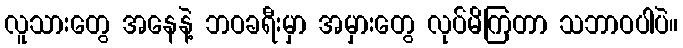
လူသားတွေ အနေနဲ့ ဘဝခရီးမှာ အမှားတွေ လုပ်မိကြတာ သဘာဝပါပဲ။